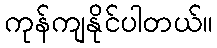
ကုန်ကျနိုင်ပါတယ်။